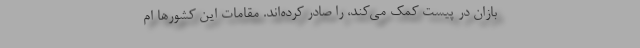
‌بازان در پیست کمک می‌کند، را صادر کرده‌اند. مقامات این کشورها ام